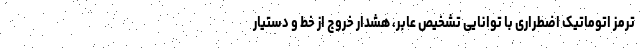
ترمز اتوماتیک اضطراری با توانایی تشخیص عابر، هشدار خروج از خط و دستیار